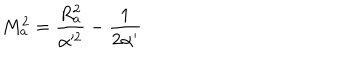
M _ { a } ^ { 2 } = \frac { R _ { a } ^ { 2 } } { \alpha ^ { 2 } } - \frac { 1 } { 2 \alpha ^ { \prime } }